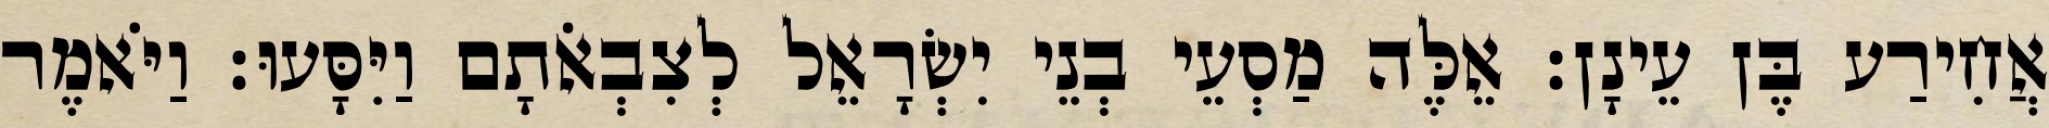
אֲחִירַע בֶּן עֵינָן׃ אֵלֶּה מַסְעֵי בְנֵי יִשְׂרָאֵל לְצִבְאֹתָם וַיִּסָּעוּ׃ וַיֹּאמֶר